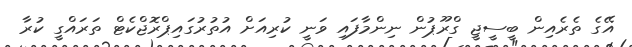
އޭގެ ތެރެއިން ބީސީޖީ ގްރޫޕުން ނިންމާފައި ވަނީ ކުރިއަށް އުތުރުގައިޕްރޮޖްކެޓް ތަރައްގީ ކުރާ